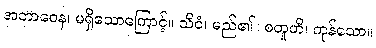
အဘာဝေန၊ မရှိသောကြောင့်။ သိဝံ၊ မည်၏။ စတူဟိ၊ ကုန်သော။